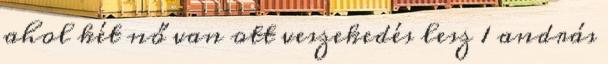
ahol két nő van ott veszekedés lesz 1 andrás